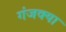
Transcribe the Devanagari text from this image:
गंजक्या